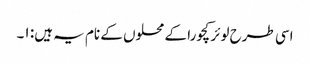
اسی طرح لوئر کچورا کے محلوں کے نام یہ ہیں: ۱۔